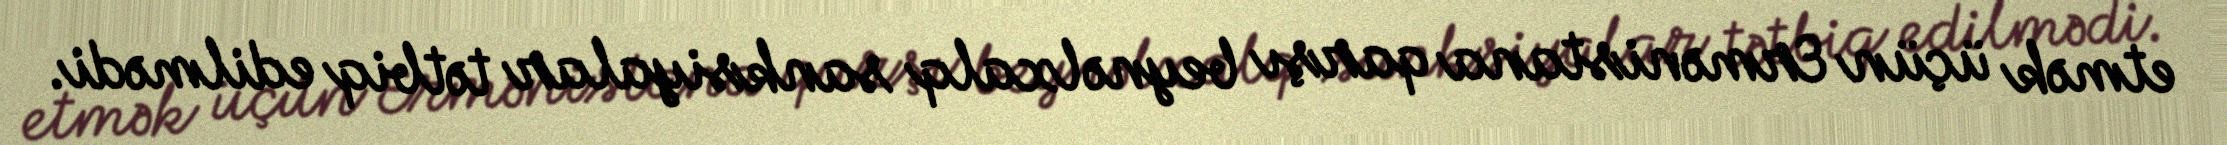
etmək üçün Ermənistana qarşı beynəlxalq sanksiyalar tətbiq edilmədi.